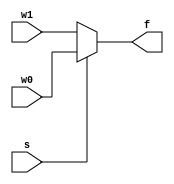
`timescale 1ns / 1ps
//////////////////////////////////////////////////////////////////////////////////
// Company: 
// Engineer: 
// 
// Design Name: 
// Module Name: mux_2x1_nbit
// Project Name: 
// Target Devices: 
// Tool Versions: 
// Description: 
// 
// Dependencies: 
// 
// Revision:
// Revision 0.01 - File Created
// Additional Comments:
// 
//////////////////////////////////////////////////////////////////////////////////


module mux_2x1_nbit
    #(parameter N = 3)(
    input [N - 1: 0] w0, w1,
    input s,
    output [N - 1: 0] f
    );
    
    assign f = s ? w0 : w1;
endmodule